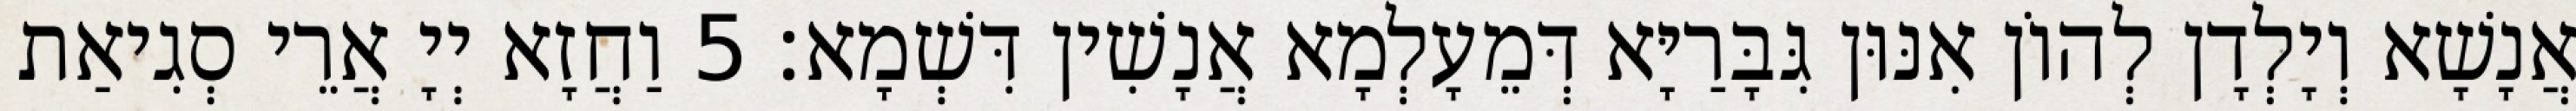
אֲנָשָׁא וְיָלְדָן לְהוֹן אִנּוּן גִּבָּרַיָּא דְּמֵעָלְמָא אֲנָשִׁין דִּשְׁמָא׃ 5 וַחֲזָא יְיָ אֲרֵי סְגִיאַת